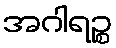
အဂါရဉ္စ